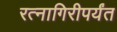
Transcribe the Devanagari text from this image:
रत्‍नागिरीपर्यंत